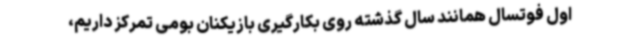
اول فوتسال همانند سال گذشته روی بکارگیری بازیکنان بومی تمرکز داریم،